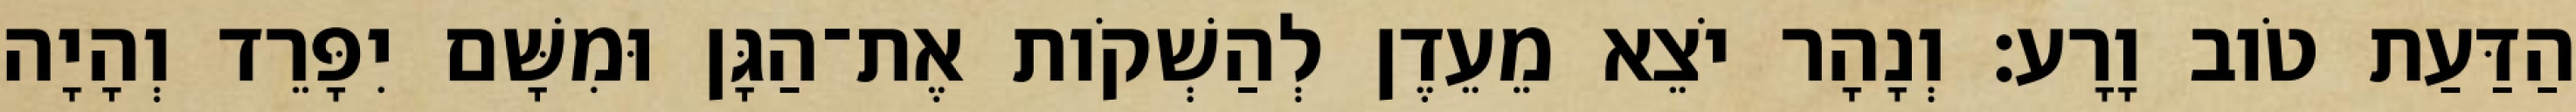
הַדַּעַת טֹוב וָרָע׃ וְנָהָר יֹצֵא מֵעֵדֶן לְהַשְׁקֹות אֶת־הַגָּן וּמִשָּׁם יִפָּרֵד וְהָיָה